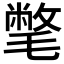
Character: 𣰉